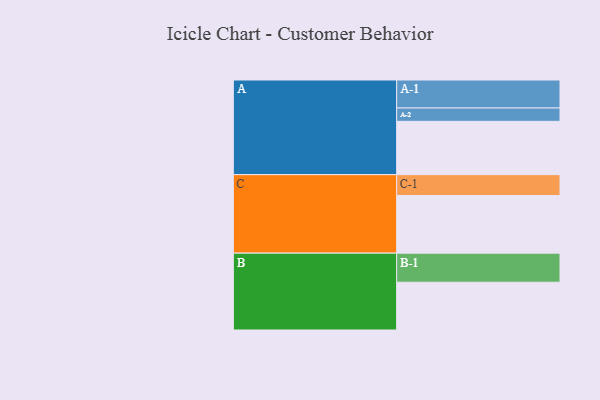
{"axis": {"x": "Segment", "y": "Value"}, "legend": ["", "A", "B", "C"], "data": [{"x": "A", "y": 539, "type": ""}, {"x": "B", "y": 483, "type": ""}, {"x": "C", "y": 583, "type": ""}, {"x": "A-1", "y": 283, "type": "A"}, {"x": "A-2", "y": 135, "type": "A"}, {"x": "B-1", "y": 294, "type": "B"}, {"x": "C-1", "y": 211, "type": "C"}]}